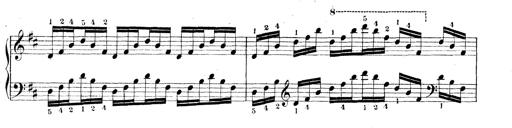
Title: Technische Studien
Composer: Franz Liszt